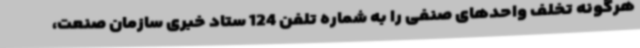
هرگونه تخلف واحدهای صنفی را به شماره تلفن 124 ستاد خبری سازمان صنعت،